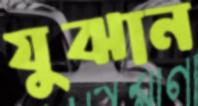
যুঝান